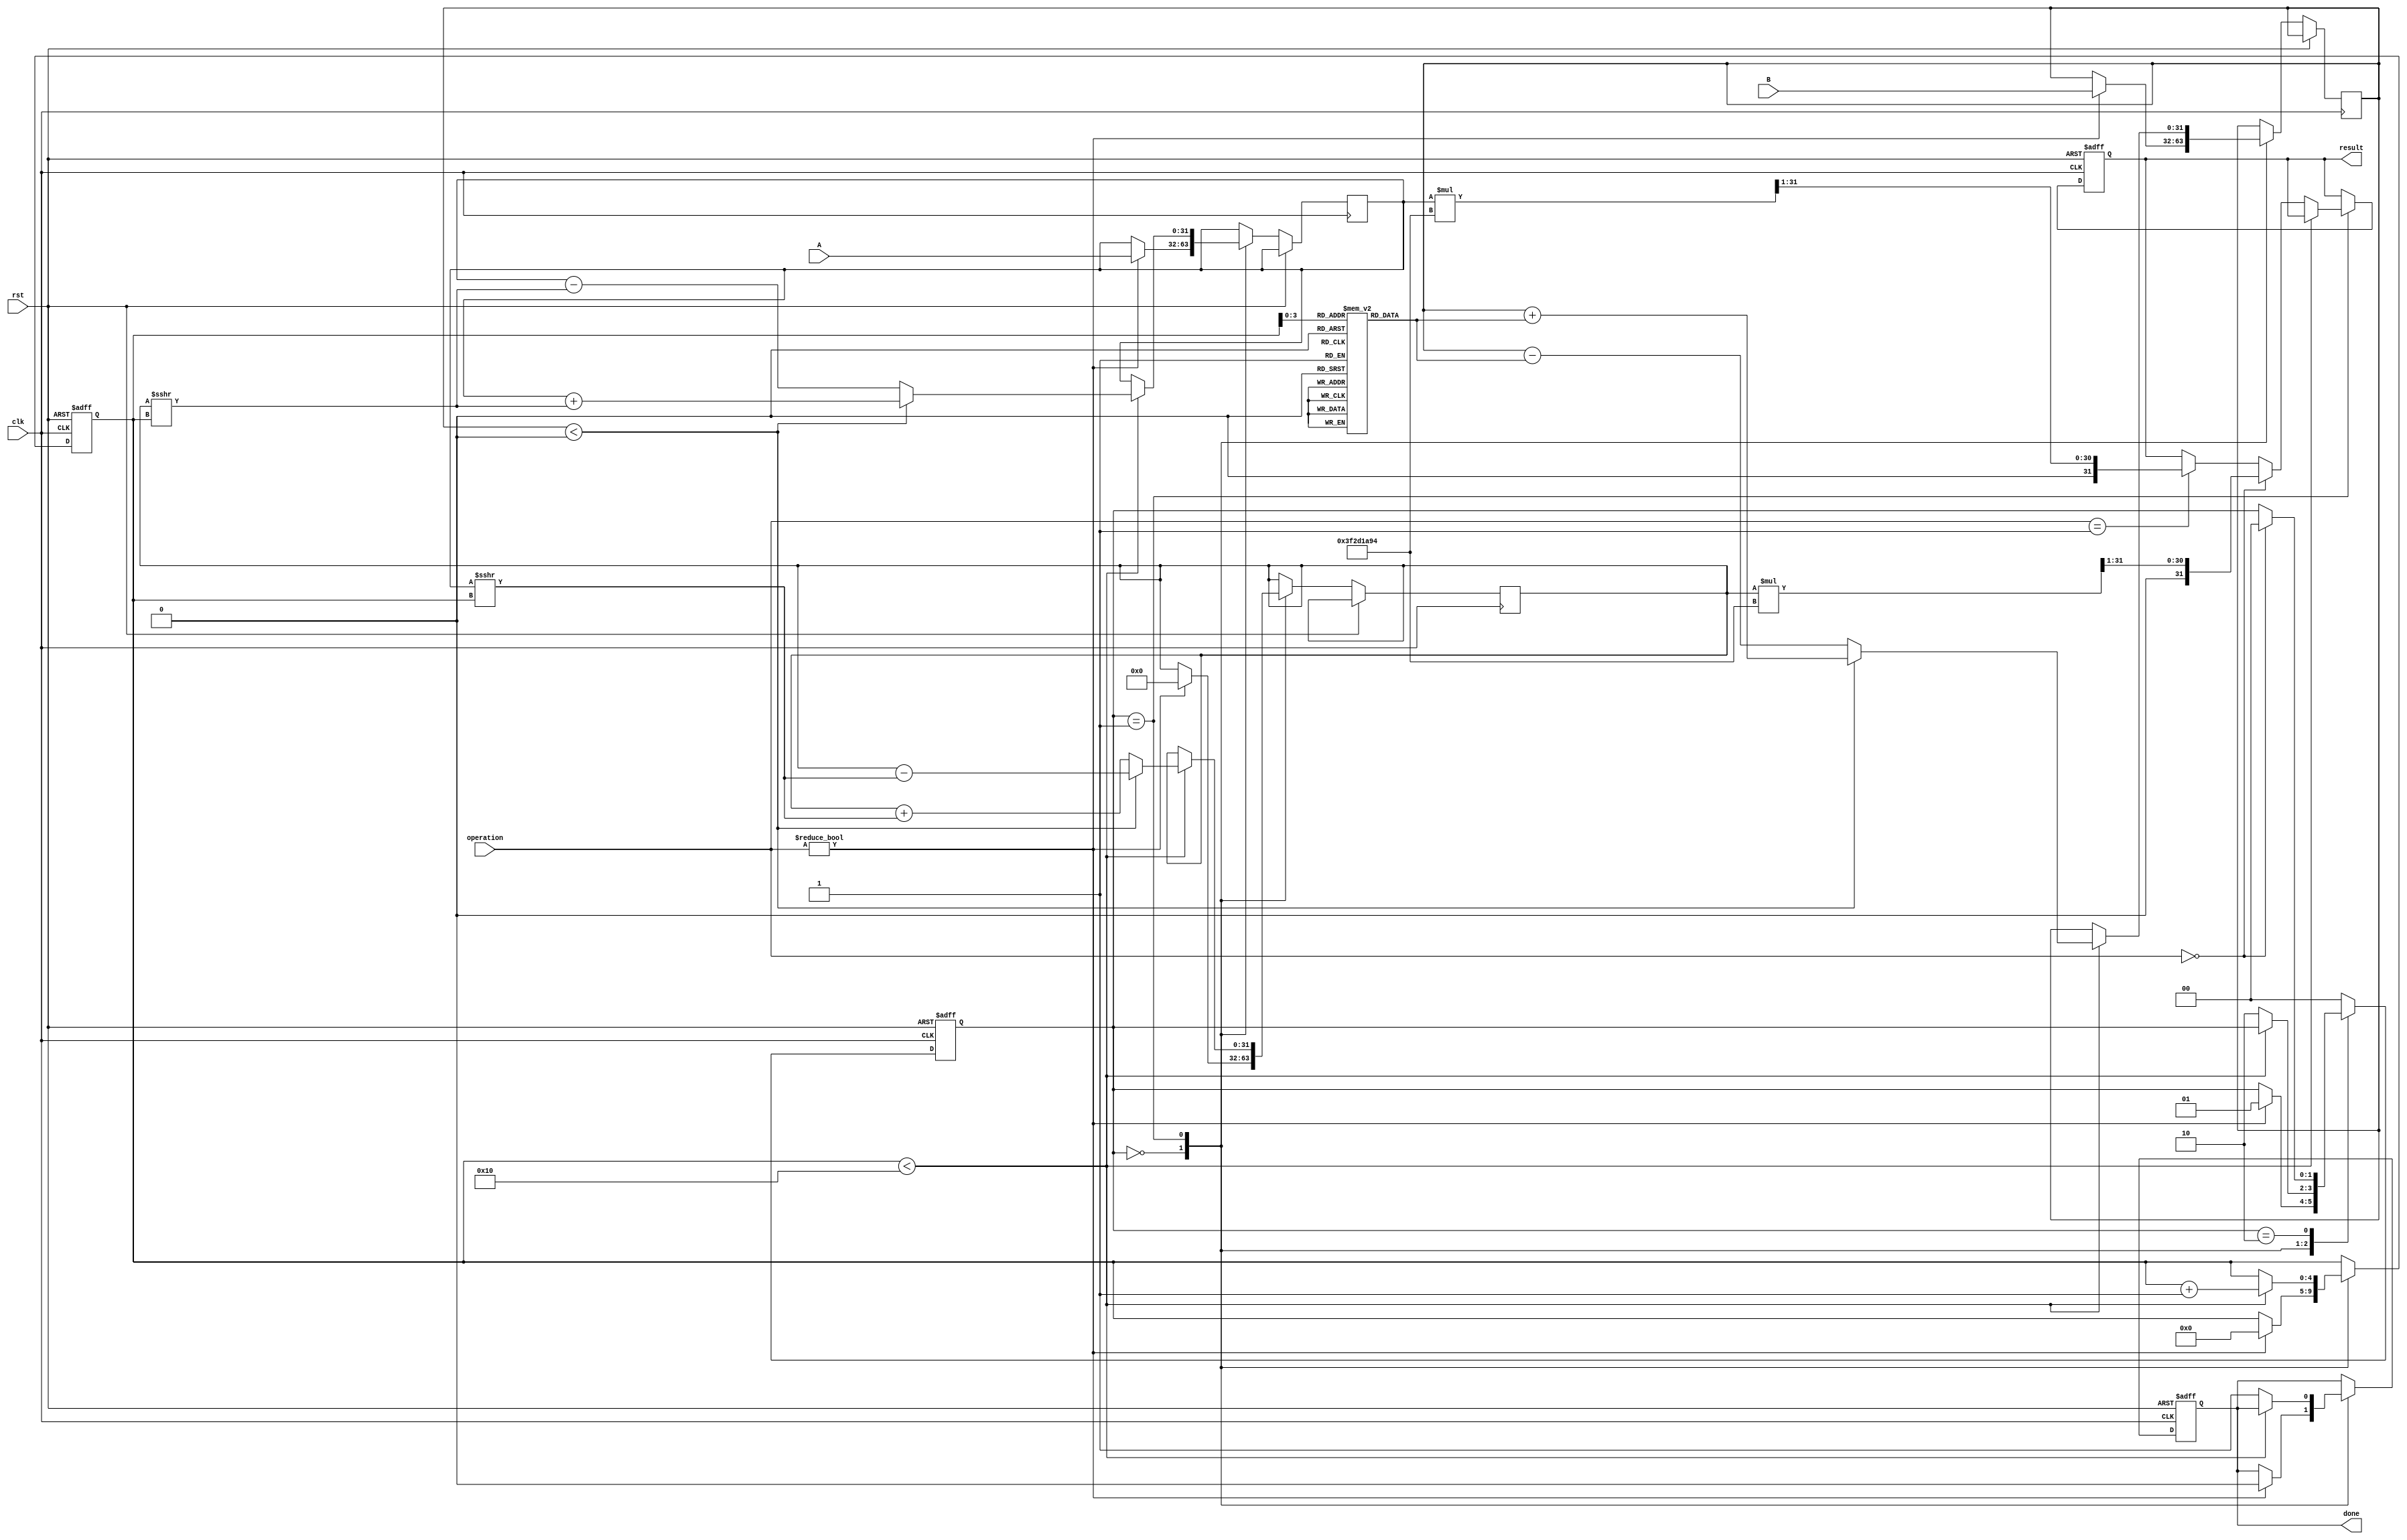
module floating_point_cordic (
    input wire clk,
    input wire rst,
    input wire [31:0] A, // Operand A in IEEE 754 format
    input wire [31:0] B, // Operand B in IEEE 754 format
    input wire [2:0] operation, // Operation selector (e.g., 0: sin, 1: cos, 2: tan, etc.)
    output reg [31:0] result, // Result in IEEE 754 format
    output reg done // Operation done flag
);

    // Constants
    parameter NUM_ITERATIONS = 16;
    reg [31:0] atan_table [0:NUM_ITERATIONS-1]; // Lookup table for arctangent values
    reg [31:0] scaling_factor; // Scaling factor for CORDIC
    
    // Internal variables
    reg [31:0] x, y, z; // CORDIC variables: x, y, and z (angle)
    reg [4:0] iteration; // Iteration counter
    reg [1:0] state; // FSM state

    // State definitions
    localparam IDLE = 2'b00;
    localparam RUN = 2'b01;
    localparam DONE = 2'b10;

    // Initialize atan_table and scaling_factor
    initial begin
        // Fill atan_table with precomputed arctangent values
        atan_table[0] = 32'h3F19999A; // atan(2^-0) = 0.785398 (in Q1.31 format)
        atan_table[1] = 32'h3E4C8C3F; // atan(2^-1) = 0.463648
        atan_table[2] = 32'h3D8A3D70; // atan(2^-2) = 0.244978
        // ... (continue filling the table)
        
        // Set scaling factor for CORDIC
        scaling_factor = 32'h3F2D1A94; // Approximation for 1/sqrt(2) in Q1.31 format
    end

    always @(posedge clk or posedge rst) begin
        if (rst) begin
            state <= IDLE;
            done <= 0;
            iteration <= 0;
            result <= 0;
        end else begin
            case (state)
                IDLE: begin
                    if (operation != 3'b000) begin // Check if operation is valid
                        // Initialize CORDIC variables based on operation
                        x <= A; // Use A as initial x (magnitude)
                        y <= 0; // Initial y for sine/cosine
                        z <= B; // Use B as angle
                        iteration <= 0;
                        done <= 0;
                        state <= RUN;
                    end
                end
                
                RUN: begin
                    if (iteration < NUM_ITERATIONS) begin
                        // CORDIC rotation
                        if (z < 0) begin
                            x <= x + (y >>> iteration);
                            y <= y - (x >>> iteration);
                            z <= z + atan_table[iteration];
                        end else begin
                            x <= x - (y >>> iteration);
                            y <= y + (x >>> iteration);
                            z <= z - atan_table[iteration];
                        end
                        iteration <= iteration + 1;
                    end else begin
                        // Apply scaling factor
                        if (operation == 3'b000) begin // Example for sine
                            result <= (y * scaling_factor) >>> 1; // Scale result
                        end else if (operation == 3'b001) begin // Example for cosine
                            result <= (x * scaling_factor) >>> 1; // Scale result
                        end
                        done <= 1; // Set done flag
                        state <= DONE;
                    end
                end
                
                DONE: begin
                    // Wait for next operation
                    if (operation == 3'b000) begin
                        state <= IDLE; // Go back to IDLE
                    end
                end
                
                default: state <= IDLE;
            endcase
        end
    end
endmodule